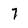
Character: 7